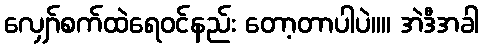
လျှော်စက်ထဲရေ၀င်နည်း တော့တာပါပဲ။။ အဲဒီအခါ